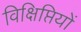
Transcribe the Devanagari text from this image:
विक्षिप्तियों